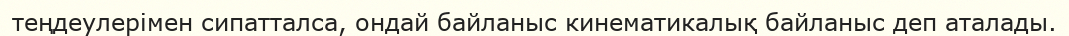
теңдеулерімен сипатталса, ондай байланыс кинематикалық байланыс деп аталады.